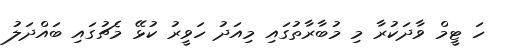
ހަ ޓީމް ވާދަކުރާ މި މުބާރާތުގައި މިއަދު ހަވީރު ކުޅޭ މެޗުގައި ބައްދަލު